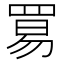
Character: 𬙢